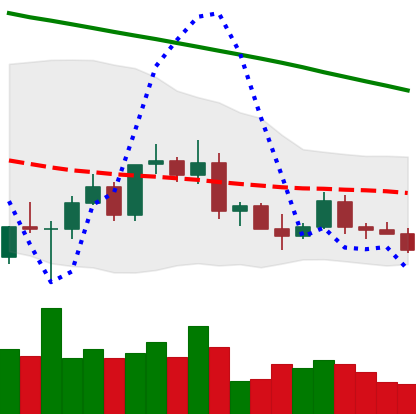
Ticker: ETC-USD
Chart end date: 2022-03-13
Forward return: 10.541%
Label: up_7plus